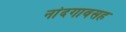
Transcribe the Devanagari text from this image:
नांदगावसह